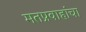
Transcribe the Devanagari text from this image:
मतप्रवाहांचा